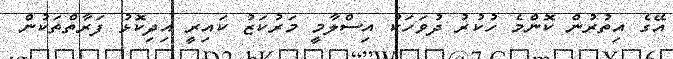
އޭގެ އިތުރުން ކޮންމެ ހުކުރު ދުވަހަކު އިސްލާމީ މަރުކަޒު ކައިރީ އިދިކޮޅު ފަރާތްތަކުން